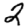
Digit: 2